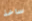
ساخذ